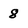
Character: 8